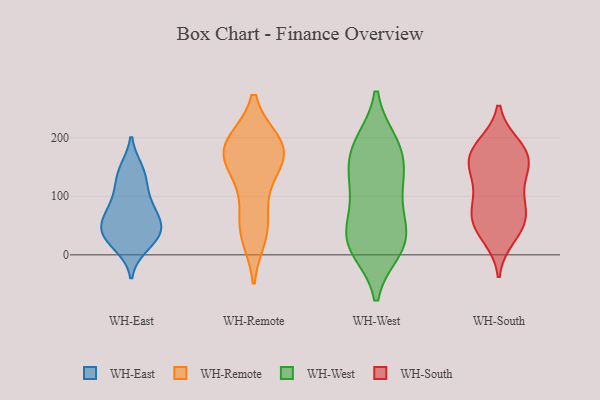
{"axis": {"x": "LTV (USD)", "y": "Value"}, "legend": ["WH-East", "WH-Remote", "WH-South", "WH-West"], "data": [{"x": "", "y": 144, "type": "WH-East"}, {"x": "", "y": 38, "type": "WH-East"}, {"x": "", "y": 68, "type": "WH-East"}, {"x": "", "y": 125, "type": "WH-East"}, {"x": "", "y": 34, "type": "WH-East"}, {"x": "", "y": 146, "type": "WH-East"}, {"x": "", "y": 41, "type": "WH-East"}, {"x": "", "y": 21, "type": "WH-East"}, {"x": "", "y": 103, "type": "WH-East"}, {"x": "", "y": 15, "type": "WH-East"}, {"x": "", "y": 89, "type": "WH-East"}, {"x": "", "y": 72, "type": "WH-East"}, {"x": "", "y": 56, "type": "WH-East"}, {"x": "", "y": 46, "type": "WH-East"}, {"x": "", "y": 175, "type": "WH-Remote"}, {"x": "", "y": 40, "type": "WH-Remote"}, {"x": "", "y": 181, "type": "WH-Remote"}, {"x": "", "y": 190, "type": "WH-Remote"}, {"x": "", "y": 61, "type": "WH-Remote"}, {"x": "", "y": 158, "type": "WH-Remote"}, {"x": "", "y": 188, "type": "WH-Remote"}, {"x": "", "y": 155, "type": "WH-Remote"}, {"x": "", "y": 33, "type": "WH-Remote"}, {"x": "", "y": 191, "type": "WH-Remote"}, {"x": "", "y": 113, "type": "WH-Remote"}, {"x": "", "y": 33, "type": "WH-West"}, {"x": "", "y": 104, "type": "WH-West"}, {"x": "", "y": 115, "type": "WH-West"}, {"x": "", "y": 16, "type": "WH-West"}, {"x": "", "y": 11, "type": "WH-West"}, {"x": "", "y": 184, "type": "WH-West"}, {"x": "", "y": 64, "type": "WH-West"}, {"x": "", "y": 26, "type": "WH-West"}, {"x": "", "y": 138, "type": "WH-West"}, {"x": "", "y": 153, "type": "WH-West"}, {"x": "", "y": 190, "type": "WH-West"}, {"x": "", "y": 186, "type": "WH-West"}, {"x": "", "y": 24, "type": "WH-West"}, {"x": "", "y": 46, "type": "WH-South"}, {"x": "", "y": 103, "type": "WH-South"}, {"x": "", "y": 186, "type": "WH-South"}, {"x": "", "y": 139, "type": "WH-South"}, {"x": "", "y": 62, "type": "WH-South"}, {"x": "", "y": 31, "type": "WH-South"}, {"x": "", "y": 179, "type": "WH-South"}, {"x": "", "y": 143, "type": "WH-South"}, {"x": "", "y": 70, "type": "WH-South"}, {"x": "", "y": 175, "type": "WH-South"}, {"x": "", "y": 57, "type": "WH-South"}, {"x": "", "y": 155, "type": "WH-South"}, {"x": "", "y": 90, "type": "WH-South"}, {"x": "", "y": 169, "type": "WH-South"}]}